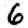
Digit: 6